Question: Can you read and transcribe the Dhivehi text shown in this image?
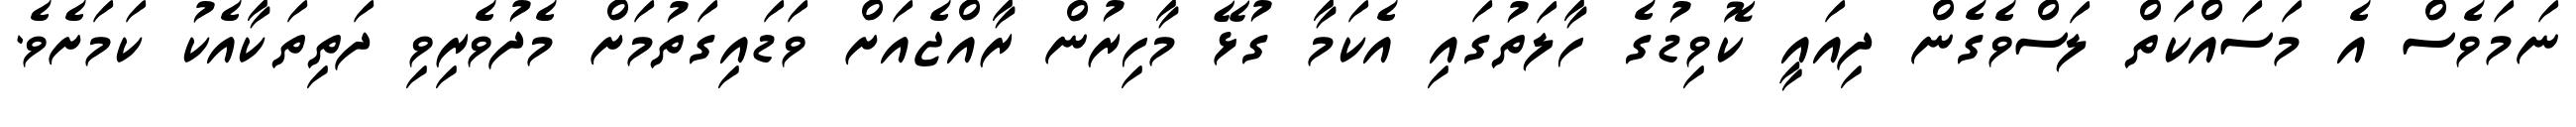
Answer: ނަމަވެސް އެ މަސައްކަތް ލަސްވެގެން ދިއައީ ކޮވިޑުގެ ހާލަތުގައި އެކަމާ ގުޅޭ މާހިރުން ރާއްޖެއަށް ވަޑައިގަތުމަށް މެދުވެރިވި ދަތިތަކާއެކު ކަމަށެވެ.